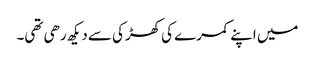
میں اپنے کمرے کی کھڑکی سے دیکھ رھی تھی۔